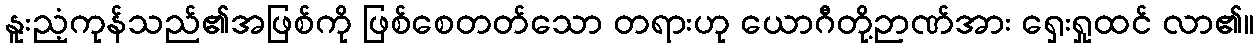
နူးညံ့ကုန်သည်၏အဖြစ်ကို ဖြစ်စေတတ်သော တရားဟု ယောဂီတို့ဉာဏ်အား ရှေးရှုထင် လာ၏။